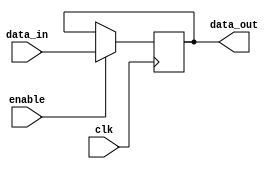
module memory_block (
    input wire clk,         // Clock for the memory block
    input wire enable,      // Enable signal for clock gating
    input wire [7:0] data_in, // Data input
    output reg [7:0] data_out // Data output
);
    always @(posedge clk) begin
        if (enable) begin
            // Perform memory operation
            data_out <= data_in; // Simple example of memory operation
        end
    end
endmodule